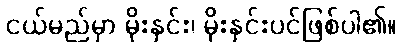
ငယ်မည်မှာ မိုးနှင်း၊ မိုးနှင်းပင်ဖြစ်ပါ၏။